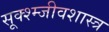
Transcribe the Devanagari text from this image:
सूक्श्म्जीवशास्त्र